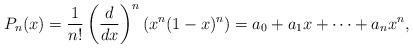
LaTeX: \begin{align*}P_n(x) = \frac{1}{n!}\left(\frac{d}{dx}\right)^n\left(x^n(1-x)^n\right)= a_0 + a_1 x + \dots + a_n x^n,\end{align*}